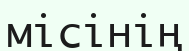
місінің